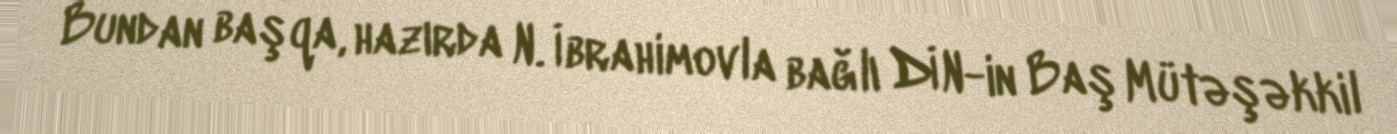
Bundan başqa, hazırda N. İbrahimovla bağlı DİN-in Baş Mütəşəkkil